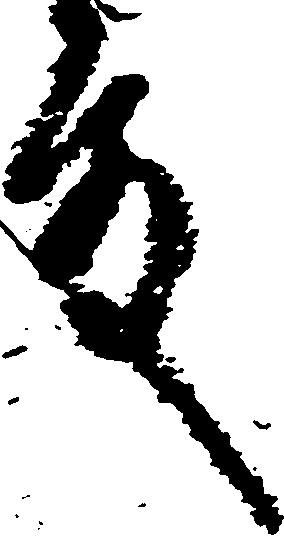
殿